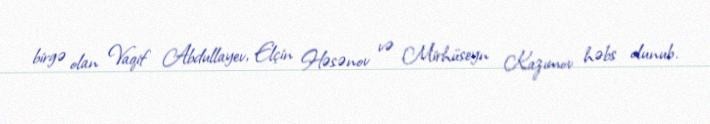
birgə olan Vaqif Abdullayev, Elçin Həsənov və Mirhüseyn Kazımov həbs olunub.